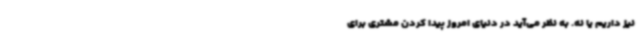
نیز داریم یا نه. به نظر می‌آید در دنیای امروز پیدا کردن مشتری برای